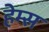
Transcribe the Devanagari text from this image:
हेम्‍स